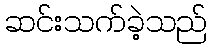
ဆင်းသက်ခဲ့သည်